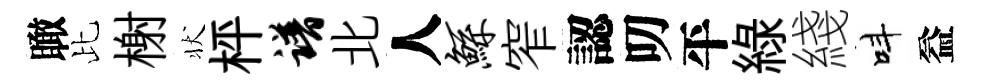
瞰比榭状枰谱北人鲧窄認叨平緑綫呌益